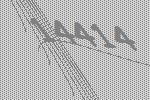
14414